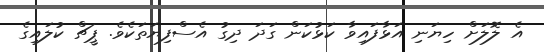
އެ ލޮލަށް ހިޔަނި އަޅާފައިވާ ކަޅުކަން ގަދަ ދިގު އެސްފިޔަތަކެވެ. ޕީޗް ކުލައިގެ